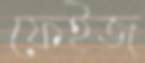
ফেইজ